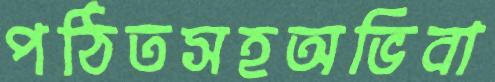
পঠিতসহঅভিবা